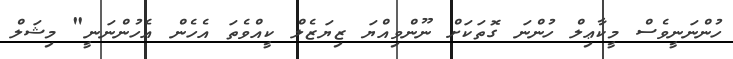
ހުންނަނީވެސް މީކާޢިލް ހުންނަ ގޮތަކަށް ނޫންވިއްޔަ ޒިޔަޒެލް ކީއްވެތަ އެހެން އެހުންނަނީ" މިޝަލް